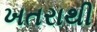
ખતરાથી